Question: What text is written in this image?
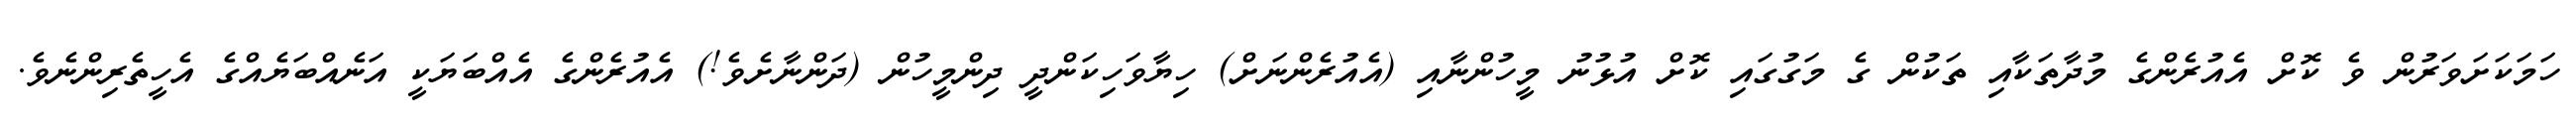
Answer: ހަމަކަށަވަރުން ވެ ކޮށް އެއުރެންގެ މުދާތަކާއި ތަކުން ގެ މަގުގައި ކޮށް އުޅުނު މީހުންނާއި (އެއުރެންނަށް) ހިޔާވަހިކަންދީ ދިންމީހުން (ދަންނާށެވެ!) އެއުރެންގެ އެއްބަޔަކީ އަނެއްބަޔެއްގެ އެހީތެރިންނެވެ.